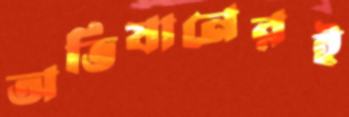
অভিযানেরই